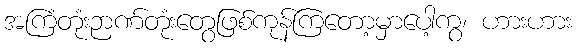
အကြံတုံးဉာဏ်တုံးတွေဖြစ်ကုန်ကြတော့မှာပေါ့ကွ၊ ဟားဟား